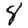
Digit: 8